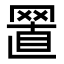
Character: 𦋘